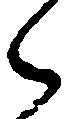
ら